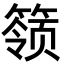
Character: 𬕬